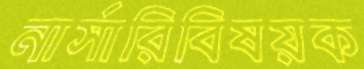
নার্সারিবিষয়ক